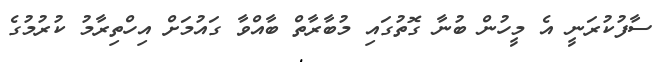
ސާފުކުރަނީ އެ މީހުން ބުނާ ގޮތުގައި މުބާރާތް ބާއްވާ ގައުމަށް އިހްތިރާމު ކުރުމުގެ